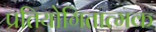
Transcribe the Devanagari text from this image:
प्रतियोगितात्मक